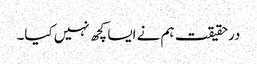
درحقیقت ہم نے ایسا کچھ نہیں کیا۔